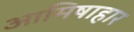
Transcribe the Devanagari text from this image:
आमिषाहार